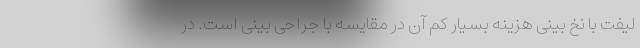
لیفت با نخ بینی هزینه بسیار کم آن در مقایسه با جراحی بینی است. در